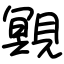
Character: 覭